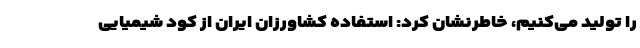
را تولید می‌کنیم، خاطرنشان کرد: استفاده کشاورزان ایران از کود شیمیایی